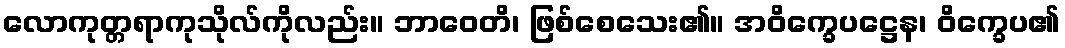
လောကုတ္တရာကုသိုလ်ကိုလည်း။ ဘာဝေတိ၊ ဖြစ်စေသေး၏။ အဝိက္ခေပဋ္ဌေန၊ ဝိက္ခေပ၏